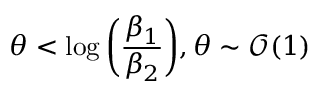
\theta < \log { \left( \frac { \beta _ { 1 } } { \beta _ { 2 } } \right) } , \theta \sim \mathcal { O } ( 1 )